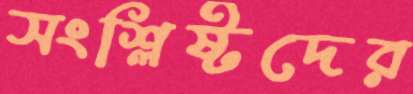
সংশ্লিষ্টদের